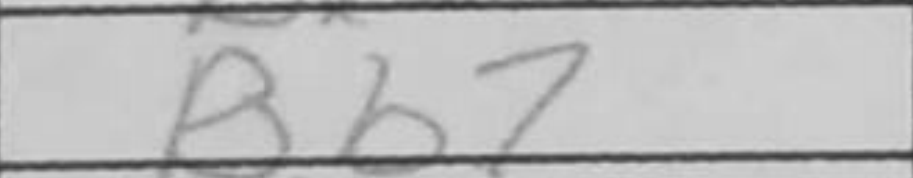
Transcription: Bb7